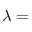
\lambda =